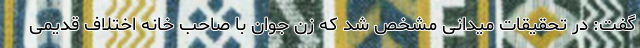
گفت: در تحقیقات میدانی مشخص شد که زن جوان با صاحب خانه اختلاف قدیمی